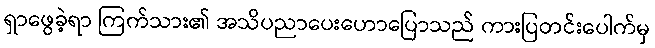
ရှာဖွေခဲ့ရာ ကြက်သား၏ အသိပညာပေးဟောပြောသည် ကားပြတင်းပေါက်မှ